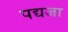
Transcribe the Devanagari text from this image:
पद्यजा